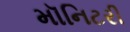
મૉનિટરી